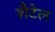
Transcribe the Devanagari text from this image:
शैटेल